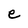
Character: e